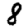
Digit: 8